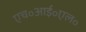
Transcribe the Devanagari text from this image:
एच॰आई॰एल॰